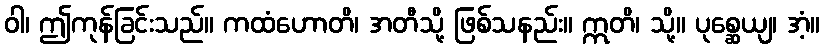
ဝါ၊ ဤကုန်ခြင်းသည်။ ကထံဟောတိ၊ အတီသို့ ဖြစ်သနည်း။ ဣတိ၊ သို့။ ပုစ္ဆေယျ၊ အံ့။